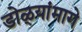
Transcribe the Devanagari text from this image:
डोळ्यांमागे